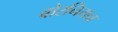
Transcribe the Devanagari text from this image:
बोरनियन